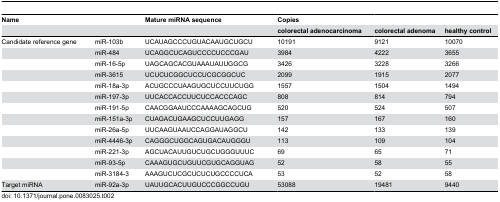
<table><thead><tr><td><b>Name</b></td><td></td><td><b>Mature miRNA sequence</b></td><td><b>Copies</b></td><td></td><td></td></tr><tr><td></td><td></td><td></td><td><b>colorectal adenocarcinoma</b></td><td><b>colorectal adenoma</b></td><td><b>healthy control</b></td></tr></thead><tbody><tr><td>Candidate reference gene</td><td>miR-103b</td><td>UCAUAGCCCUGUACAAUGCUGCU</td><td>10191</td><td>9121</td><td>10070</td></tr><tr><td></td><td>miR-484</td><td>UCAGGCUCAGUCCCCUCCCGAU</td><td>3984</td><td>4222</td><td>3655</td></tr><tr><td></td><td>miR-16-5p</td><td>UAGCAGCACGUAAAUAUUGGCG</td><td>3426</td><td>3228</td><td>3266</td></tr><tr><td></td><td>miR-3615</td><td>UCUCUCGGCUCCUCGCGGCUC</td><td>2099</td><td>1915</td><td>2077</td></tr><tr><td></td><td>miR-18a-3p</td><td>ACUGCCCUAAGUGCUCCUUCUGG</td><td>1557</td><td>1504</td><td>1494</td></tr><tr><td></td><td>miR-197-3p</td><td>UUCACCACCUUCUCCACCCAGC</td><td>808</td><td>814</td><td>794</td></tr><tr><td></td><td>miR-191-5p</td><td>CAACGGAAUCCCAAAAGCAGCUG</td><td>520</td><td>524</td><td>507</td></tr><tr><td></td><td>miR-151a-3p</td><td>CUAGACUGAAGCUCCUUGAGG</td><td>157</td><td>167</td><td>160</td></tr><tr><td></td><td>miR-26a-5p</td><td>UUCAAGUAAUCCAGGAUAGGCU</td><td>142</td><td>133</td><td>139</td></tr><tr><td></td><td>miR-4446-3p</td><td>CAGGGCUGGCAGUGACAUGGGU</td><td>113</td><td>109</td><td>104</td></tr><tr><td></td><td>miR-221-3p</td><td>AGCUACAUUGUCUGCUGGGUUUC</td><td>69</td><td>65</td><td>71</td></tr><tr><td></td><td>miR-93-5p</td><td>CAAAGUGCUGUUCGUGCAGGUAG</td><td>52</td><td>58</td><td>55</td></tr><tr><td></td><td>miR-3184-3</td><td>AAAGUCUCGCUCUCUGCCCCUCA</td><td>53</td><td>52</td><td>58</td></tr><tr><td>Target miRNA</td><td>miR-92a-3p</td><td>UAUUGCACUUGUCCCGGCCUGU</td><td>53088</td><td>19481</td><td>9440</td></tr></tbody></table>